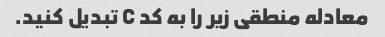
معادله منطقی زیر را به کد C تبدیل کنید.